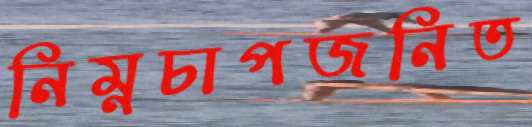
নিম্নচাপজনিত